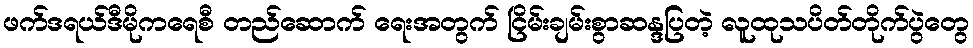
ဖက်ဒရယ်ဒီမိုကရေစီ တည်ဆောက် ရေးအတွက် ငြိမ်းချမ်းစွာဆန္ဒပြတဲ့ လူထုသပိတ်တိုက်ပွဲတွေ